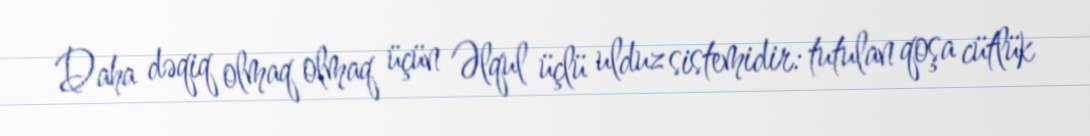
Daha dəqiq olmaq olmaq üçün Əlqul üçlü ulduz sistemidir: tutulan qoşa cütlük